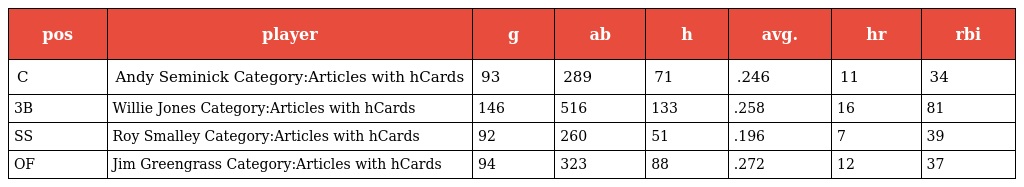
| pos | player | g | ab | h | avg. | hr | rbi |
 | --- | --- | --- | --- | --- | --- | --- | --- |
 | C | Andy Seminick Category:Articles with hCards | 93 | 289 | 71 | .246 | 11 | 34 |
 | 3B | Willie Jones Category:Articles with hCards | 146 | 516 | 133 | .258 | 16 | 81 |
 | SS | Roy Smalley Category:Articles with hCards | 92 | 260 | 51 | .196 | 7 | 39 |
 | OF | Jim Greengrass Category:Articles with hCards | 94 | 323 | 88 | .272 | 12 | 37 |